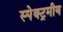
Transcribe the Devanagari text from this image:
स्पेक्ट्रमीय